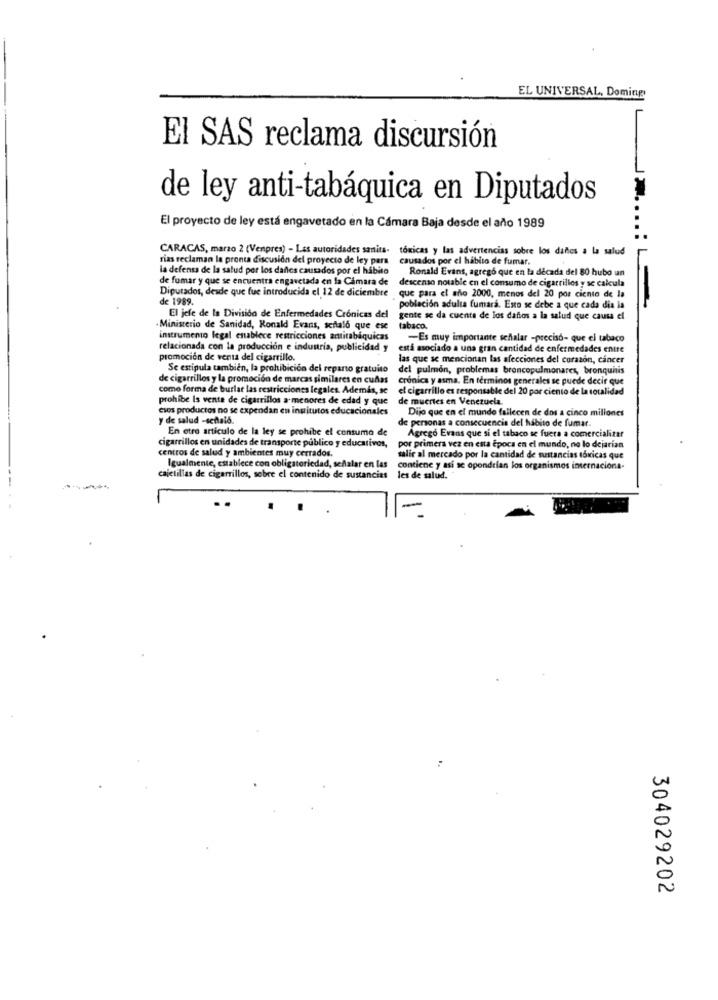
EL UNIVERSAL, Doming
El SAS reclama discursión
de ley anti-tabáquica en Diputados
El proyecto de ley está engavetado en la Cámara Baja desde el año 1989
CARACAS, marzo 2 (Venpres) - Las autoridades sanita- toxicas y las advertencias sobre los daños a la salud
rias reclaman la pronta discusión del proyecto de ley para
causados por el habito de fumar.
la defensa de la salud por los darles causados por el hábito
Ronald Evans, agregó que en la década del 80 hubo un
de fumar y que se encuentra engavetada en la Câmara de
descenso notable en el consumo de cigarrillos y se calcula
Diputados, desde que fue introducida el 12 de diciembre
de 1989.
que para el ailo 2000, menos del 20 por ciento de la
población adulta fumara. Esto se debe a que cada dia la
El jefe de la División de Enfermedades Crónicas del
gente se da cuenta de los dañios a la salud que causa el
Ministerio de Sanidad, Ronald Evans, señaló que ese
tabaco.
instrumento legal enablece restricciones arttitabaquicas
-Es muy importante señalar -preciso- que el tabaco
relacionada con la producción e industria, publicidad y
está asociado a una gran cantidad de enfermedades entre
promoción de venta del cigarrillo.
las que se mencionan las afecciones del corazón, cancer
Se estipula tambien, la prohibición del reparto gratuito
del pulmon, problemas broncopulmonares, bronquitis
de cigarrillos y la promoción de marcas similares en cuñas
cronica y asma. En términos generales se puede decir que
como forma de burlar las restricciones legales. Además, se
el cigarrillo es responsable del 20 por ciento de la totalidad
prohibe Is vente de cigarrillos a menores de edad y que
de muertes en Venezuela.
csos productos no se expendan en institutos educacionales
Dijo que en el mundo fallecen de dos a cinco millones
y de salud -señaló.
de personas a consecuencia del hábito de fumar.
En otro articulo de la ley se prohibe el consumo de
Agrego Evans que si el tabaco se fuera a comercializar
centros de salud y ambientes muy cerrados.
cigarrillos en unidades de transporte publico y educativos,
por primera vez en esta Época en el mundo, no lo dejarian
salir al mercado por la cantidad de sustancias tóxicas que
Igualmente, establece con obligatoriedad, señalar en las
contiene y asi se opondrian los organismos internaciona-
cajetillas de cigarrillos, sobre el contenido de sustancias
les de salud.
304029202